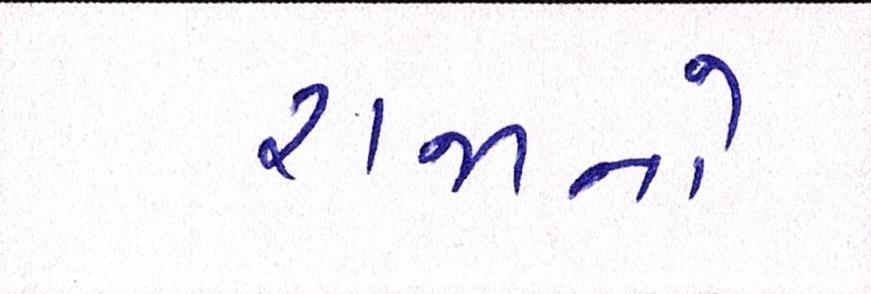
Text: રાજાનો